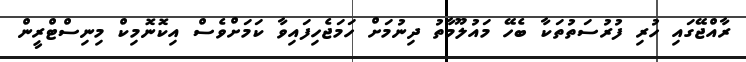
ރާއްޖޭގައި ހުރި ފުރުސަތުތަކާ ބެހޭ މައުލޫމާތު ދިނުމަށް ހަމަޖެހިފައިވާ ކަމަށްވެސް އިކޮނޮމިކް މިނިސްޓްރީން